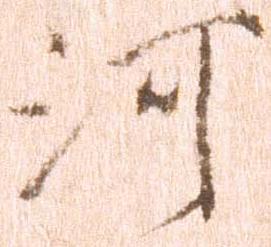
河